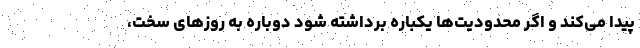
پیدا می‌کند و اگر محدودیت‌ها یکباره برداشته شود دوباره به روزهای سخت،